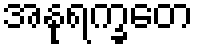
အနုရက္ခတေ